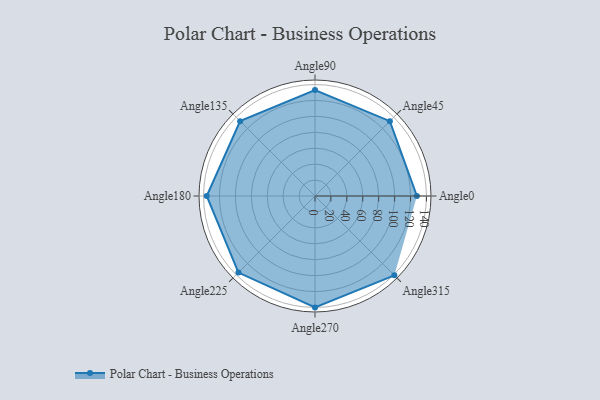
{"axis": {"x": "Angle", "y": "Radius"}, "legend": [""], "data": [{"x": "Angle0", "y": 128.0, "type": ""}, {"x": "Angle45", "y": 133.0, "type": ""}, {"x": "Angle90", "y": 133.0, "type": ""}, {"x": "Angle135", "y": 133.0, "type": ""}, {"x": "Angle180", "y": 136.0, "type": ""}, {"x": "Angle225", "y": 136.0, "type": ""}, {"x": "Angle270", "y": 140.0, "type": ""}, {"x": "Angle315", "y": 141.0, "type": ""}]}